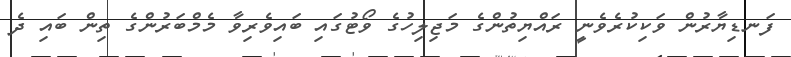
ފަނޑިޔާރުން ވަކިކުރެވެނީ ރައްޔިތުންގެ މަޖިލިހުގެ ވޯޓުގައި ބައިވެރިވާ މެމްބަރުންގެ ތިން ބައި ދެ